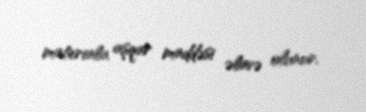
materiala aşqar maddəsi əlavə olunur.